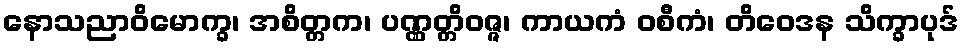
နောသညာဝိမောက္ခ၊ အစိတ္တက၊ ပဏ္ဏတ္တိဝဇ္ဇ၊ ကာယကံ ဝစီကံ၊ တိဝေဒန သိက္ခာပုဒ်